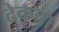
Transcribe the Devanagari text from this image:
टेकचा